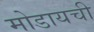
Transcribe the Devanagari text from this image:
मोडायची